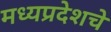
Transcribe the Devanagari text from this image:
मध्यप्रदेशचे